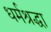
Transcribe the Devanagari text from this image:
धर्मश्रद्धा